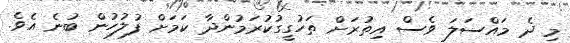
މި ދެ މައްސަލަ ވެސް އިތުރަށް ތަހުގީގުކުރަމުންދާ ކަމަށް ފުލުހުން ބުނެ އެވެ.